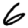
Digit: 6